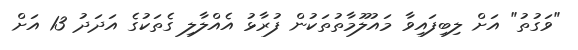
"ވަގުތު" އަށް ލިބިފައިވާ މައުލޫމާތުތަކުން ފުރާޅު އެއްލާލި ގެތަކުގެ އަދަދު 13 އަށް